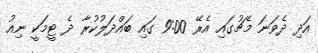
އަދި ދެވަނަ މެޗުގައި އެރޭ 9:00 ގައި ބައްދަލުކުރާ ދެ ޓީމަކީ ނިއު